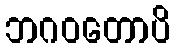
ဘဂဝတောပိ